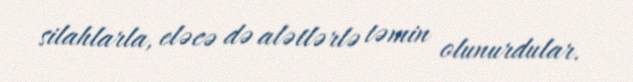
silahlarla, eləcə də alətlərlə təmin olunurdular.